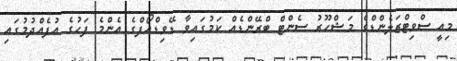
މިިއީ ސްވިޓްޒަލެންޑްގެ މަޝްހޫރު ސެންޓް ބްރޭންޑެއް ކަމުގައިވާ ޑޭވިޑްއޯފްގެ އެންމެ ފަހުގެ އުފެއްދުމުގައި